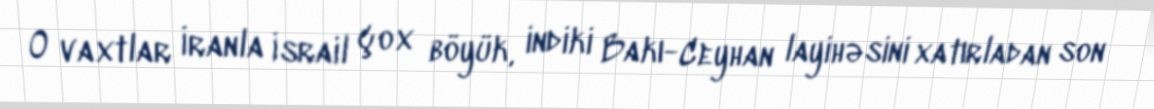
O vaxtlar İranla İsrail çox böyük, indiki Bakı-Ceyhan layihəsini xatırladan son